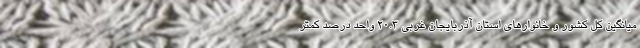
میانگین کل کشور و خانوارهای استان آذربایجان غربی ٢٠.٣ واحد درصد کمتر